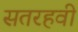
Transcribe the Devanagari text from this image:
सतरहवी